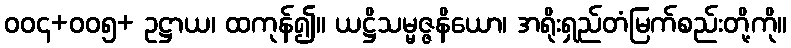
၀၀၄+၀၀၅+ ဥဋ္ဌာယ၊ ထကုန်၍။ ယဋ္ဌိသမ္မဇ္ဇနိယော၊ အရိုးရှည်တံမြက်စည်းတို့ကို။